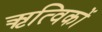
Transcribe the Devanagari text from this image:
ऋत्विकों